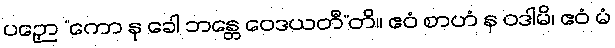
ပဉှော “ကော နု ခေါ ဘန္တေ ဝေဒယတီ”တိ။ ဧဝံ စာဟံ န ဝဒါမိ၊ ဧဝံ မံ